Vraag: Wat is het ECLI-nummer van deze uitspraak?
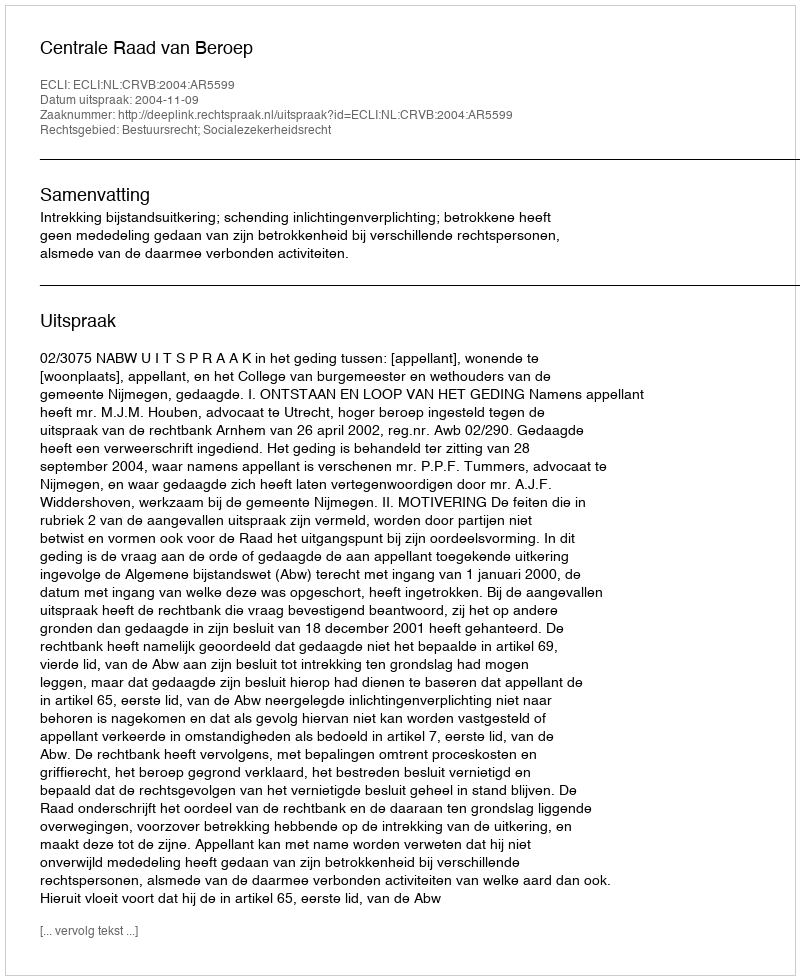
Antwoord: ECLI:NL:CRVB:2004:AR5599